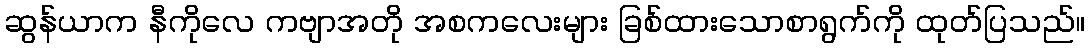
ဆွန်ယာက နီကိုလေ ကဗျာအတို အစကလေးများ ခြစ်ထားသောစာရွက်ကို ထုတ်ပြသည်။